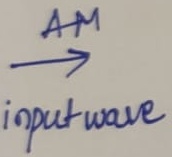
Text: AM input wave